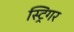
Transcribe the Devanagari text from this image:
स्ट्रिंगर